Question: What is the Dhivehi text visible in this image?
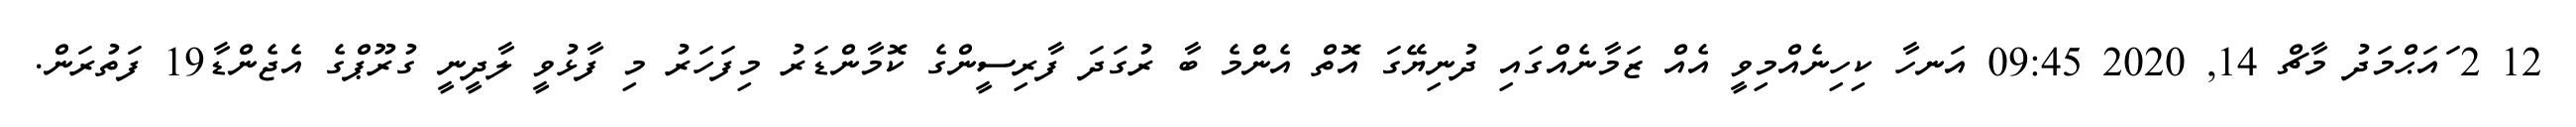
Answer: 12 2 ައަޙްމަދު މާޗް 14, 2020 09:45 އަނހާ ކިހިނެއްމިވީ އެއް ޒަމާނެއްގައި ދުނިޔޭގަ އޮތް އެންމެ ބާ ރުގަދަ ފާރިސީންގެ ކޮމާންޑަރު މިފަހަރު މި ފާޅުވީ ލާދީނީ ގުރޫޕްގެ އެޖެންޑާ19 ފަތުރަން.